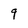
Character: 9